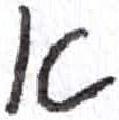
אות: א